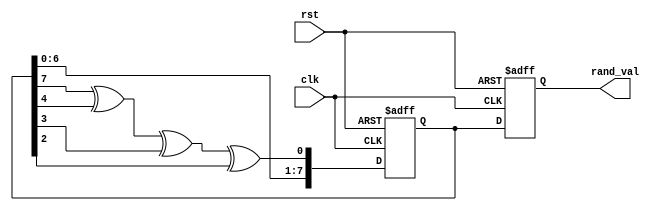
module RandomInitialization (
    input wire clk,
    input wire rst,
    output reg [7:0] rand_val // 8-bit random value output
);

// LFSR registers
reg [7:0] lfsr; // 8-bit LFSR storage
wire lfsr_feedback;

// Feedback calculation for LFSR: taps at positions 8, 5, 4, and 3
assign lfsr_feedback = lfsr[7] ^ lfsr[4] ^ lfsr[3] ^ lfsr[2];

always @(posedge clk or posedge rst) begin
    if (rst) begin
        // On reset, initialize LFSR to a predefined seed value
        lfsr <= 8'b00000001; // You can choose any non-zero seed
        rand_val <= 8'b00000000; // Initialize output
    end else begin
        // Generate new random value
        lfsr <= {lfsr[6:0], lfsr_feedback}; // Shift left and add feedback
        rand_val <= lfsr; // Assign the generated value to output
    end
end

endmodule